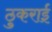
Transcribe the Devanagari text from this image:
ठुकराई